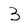
Character: 3